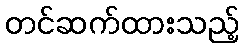
တင်ဆက်ထားသည့်